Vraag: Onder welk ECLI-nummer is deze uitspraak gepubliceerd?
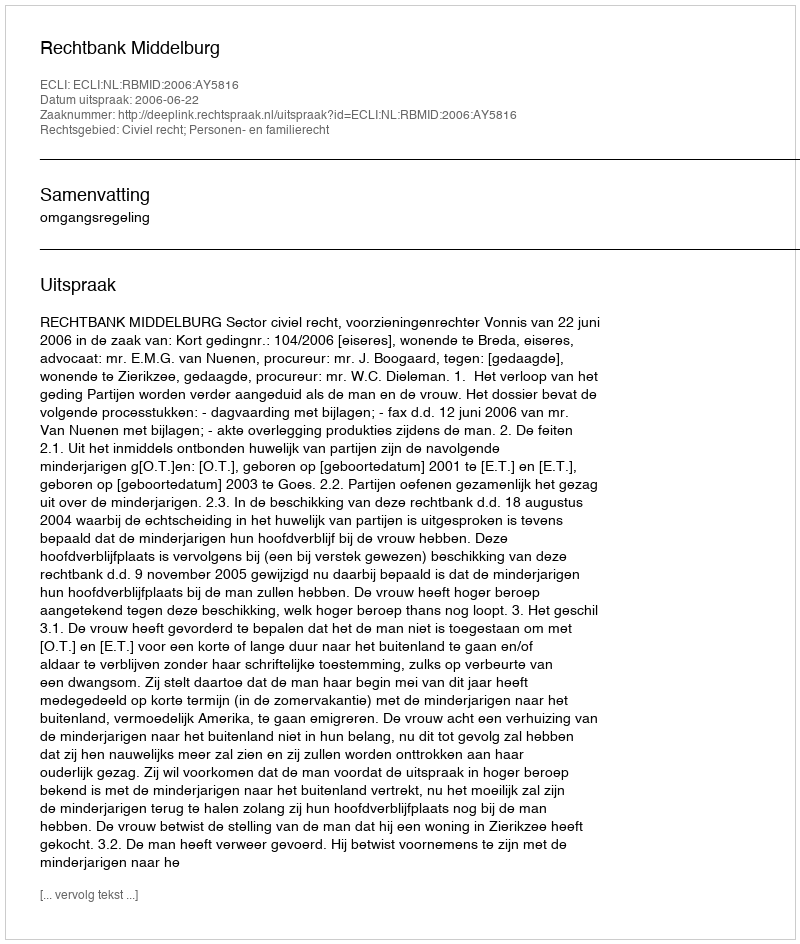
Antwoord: ECLI:NL:RBMID:2006:AY5816